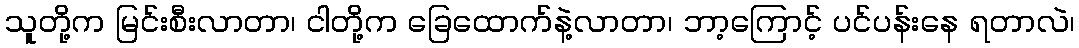
သူတို့က မြင်းစီးလာတာ၊ ငါတို့က ခြေထောက်နဲ့လာတာ၊ ဘာ့ကြောင့် ပင်ပန်းနေ ရတာလဲ၊